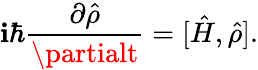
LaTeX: \mathbf{i}\hbar\frac{{\partial\hat{{\rho}}}}{{\partialt}}=[\hat{{H}},\hat{{\rho}}].